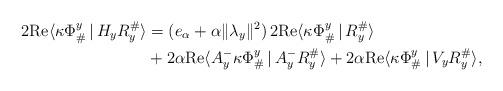
LaTeX: \begin{align*}2 \mathrm{Re} \langle \kappa\Phi_{\#}^y\,|\, H_y R_y^{\#}\rangle &= (e_{\alpha} + \alpha \|\lambda_y\|^2)\, 2 \mathrm{Re}\langle \kappa \Phi_{\#}^y\,|\, R^{\#}_y\rangle \\&+ 2 \alpha\mathrm{Re} \langle A^-_y \kappa \Phi_{\#}^y\,|\, A^-_y R^{\#}_y\rangle + 2 \alpha \mathrm{Re} \langle \kappa \Phi_{\#}^y\,|\,V_y R^{\#}_y \rangle, \end{align*}